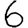
Digit: 6